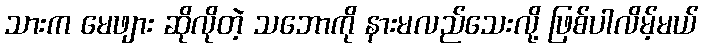
သားက မေဖျား ဆိုလိုတဲ့ သဘောကို နားမလည်သေးလို့ ဖြစ်ပါလိမ့်မယ်